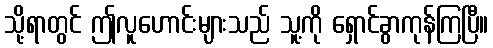
သို့ရာတွင် ဤလူဟောင်းများသည် သူ့ကို ရှောင်ခွာကုန်ကြပြီ။